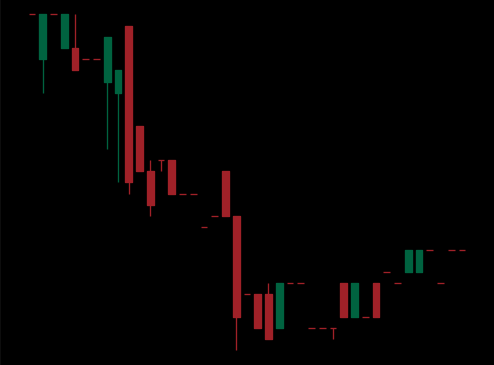
Pattern: bull_flag